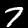
Label: 7